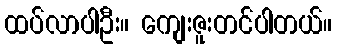
ထပ်လာပါဦး။ ကျေးဇူးတင်ပါတယ်။